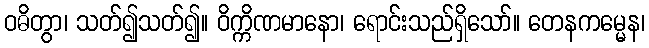
ဝဓိတွာ၊ သတ်၍သတ်၍။ ဝိက္ကိဏမာနော၊ ရောင်းသည်ရှိသော်။ တေနကမ္မေန၊